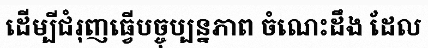
ដើម្បីជំរុញធ្វើបច្ចុប្បន្នភាព ចំណេះដឹង ដែល